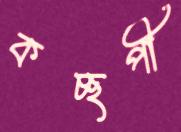
কচ্ছপী